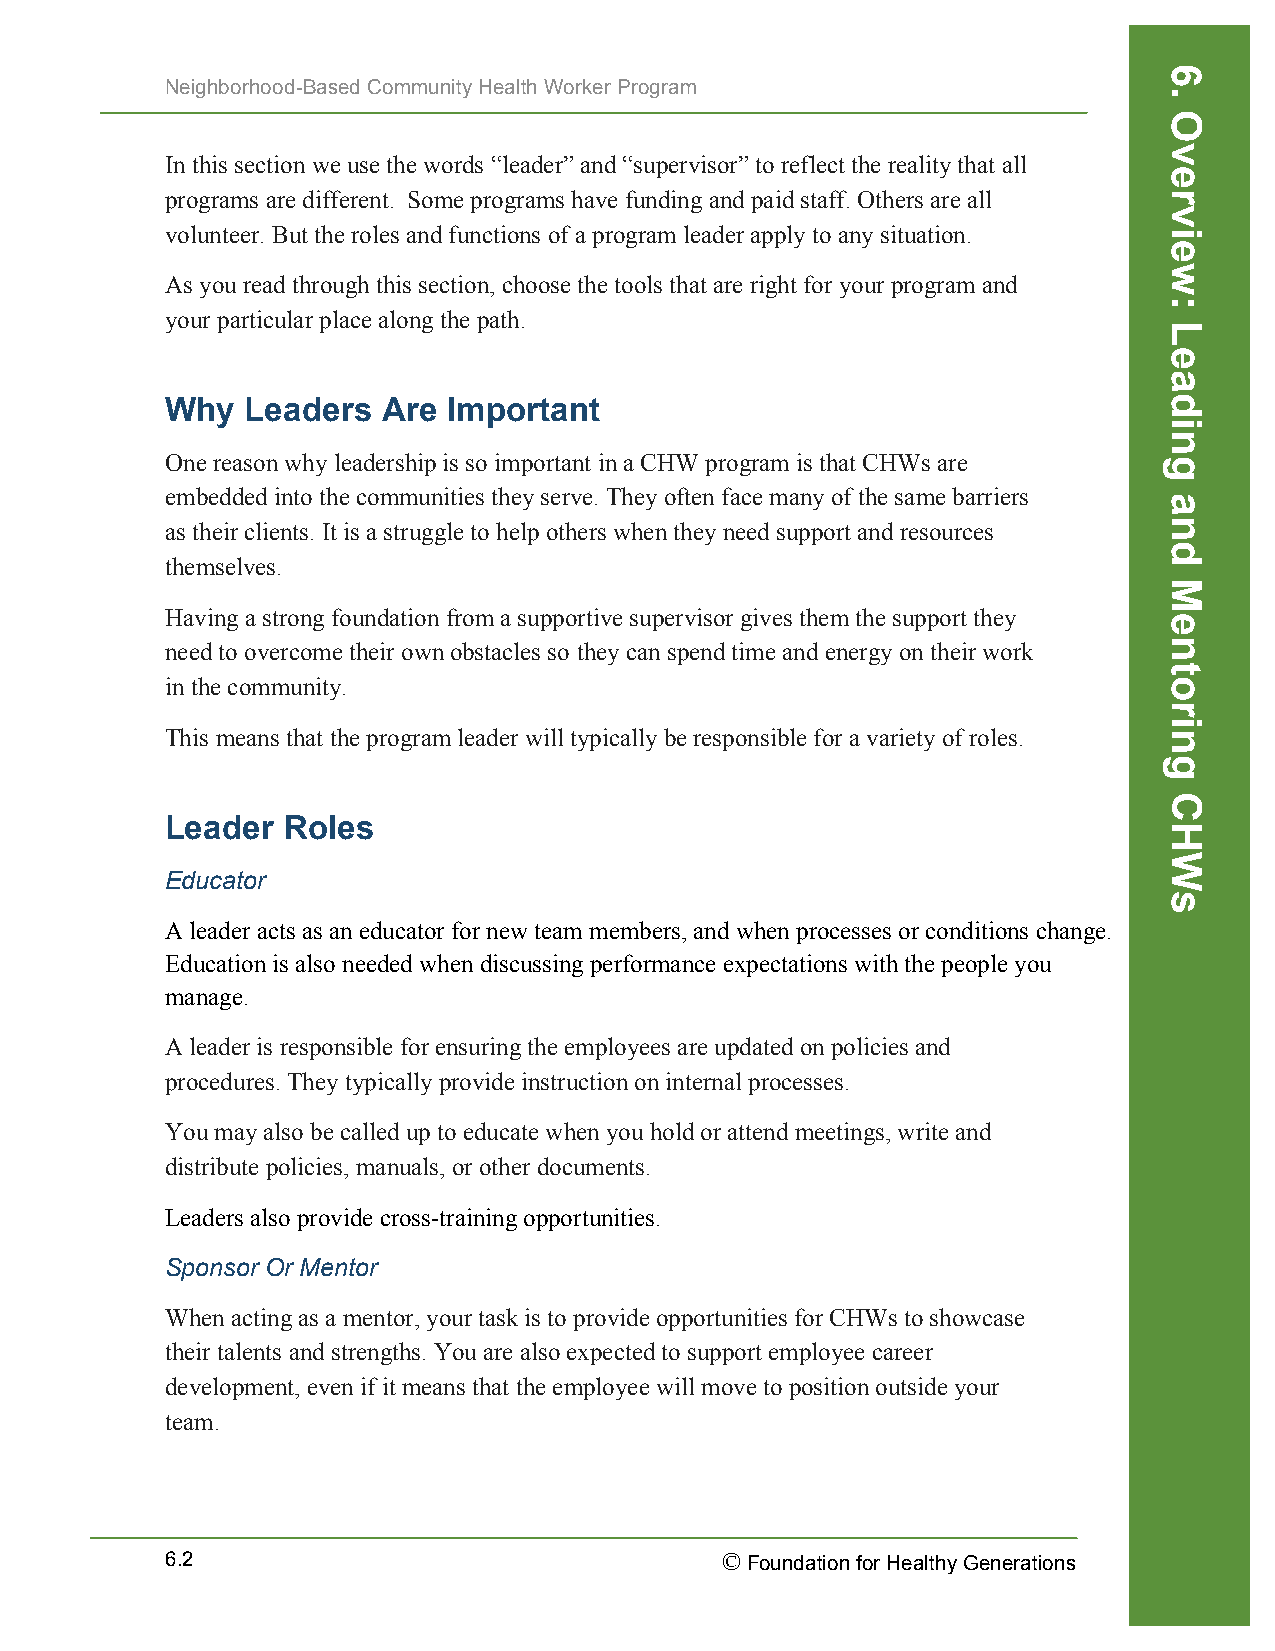
Neighborhood-Based Community Health Worker Program
 In this section we use the words “leader” and “supervisor” to reflect the reality that all
 programs are different. Some programs have funding and paid staff. Others are all
 volunteer. But the roles and functions of a program leader apply to any situation.
 As you read through this section, choose the tools that are right for your program and
 your particular place along the path.
 Why  Leaders  Are  Important
 One reason why leadership is so important in a CHW program is that CHWs are
 embedded into the communities they serve. They often face many of the same barriers
 as their clients. It is a struggle to help others when they need support and resources
 themselves.
 Having a strong foundation from a supportive supervisor gives them the support they
 need to overcome their own obstacles so they can spend time and energy on their work
 in the community.
 This means that the program leader will typically be responsible for a variety of roles.
 Leader  Roles
 Educator
 A leader acts as an educator for new team members, and when processes or conditions change.
 Education is also needed when discussing performance expectations with the people you
 manage.
 A leader is responsible for ensuring the employees are updated on policies and
 procedures. They typically provide instruction on internal processes.
 You may also be called up to educate when you hold or attend meetings, write and
 distribute policies, manuals, or other documents.
 Leaders also provide cross-training opportunities.
 Sponsor Or Mentor
 When acting as a mentor, your task is to provide opportunities for CHWs to showcase
 their talents and strengths. You are also expected to support employee career
 development, even if it means that the employee will move to position outside your
 team.
 6.2                                  © Foundation for Healthy Generations
 6.
 Overview:
 Leading
 and
 Mentoring
 CHWs